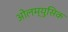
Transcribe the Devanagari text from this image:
ओलम्युसिक